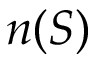
n ( S )